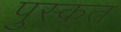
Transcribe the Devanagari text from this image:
पुस्कत